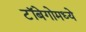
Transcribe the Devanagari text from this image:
टॉबेगोमध्ये